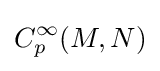
C_{p}^{\infty }(M,N)